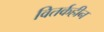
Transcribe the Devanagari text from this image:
वितर्कहीन